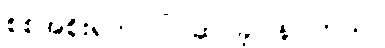
စစ်အစိုးရက ပြင်ဆင်ခဲ့ပြန်ပါတယ်။